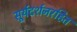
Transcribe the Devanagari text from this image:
सूर्यदर्शनरहित